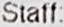
STAFF: